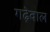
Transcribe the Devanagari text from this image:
गढ़ेवाल